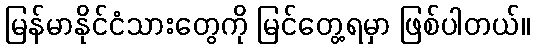
မြန်မာနိုင်ငံသားတွေကို မြင်တွေ့ရမှာ ဖြစ်ပါတယ်။